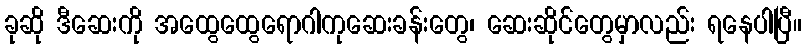
ခုဆို ဒီဆေးကို အထွေထွေရောဂါကုဆေးခန်းတွေ၊ ဆေးဆိုင်တွေမှာလည်း ရနေပါပြီ။